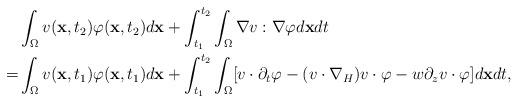
LaTeX: \begin{align*} &\int_\Omega v(\textbf{x},t_2)\varphi(\textbf{x},t_2)d\textbf{x}+\int_{t_1}^{t_2}\int_\Omega \nabla v:\nabla\varphi d\textbf{x}dt\\ =&\int_\Omega v(\textbf{x},t_1)\varphi(\textbf{x},t_1)d\textbf{x}+\int_{t_1}^{t_2} \int_\Omega[v\cdot\partial_t\varphi -(v\cdot\nabla_H)v\cdot\varphi-w\partial_zv\cdot \varphi]d\textbf{x}dt, \end{align*}